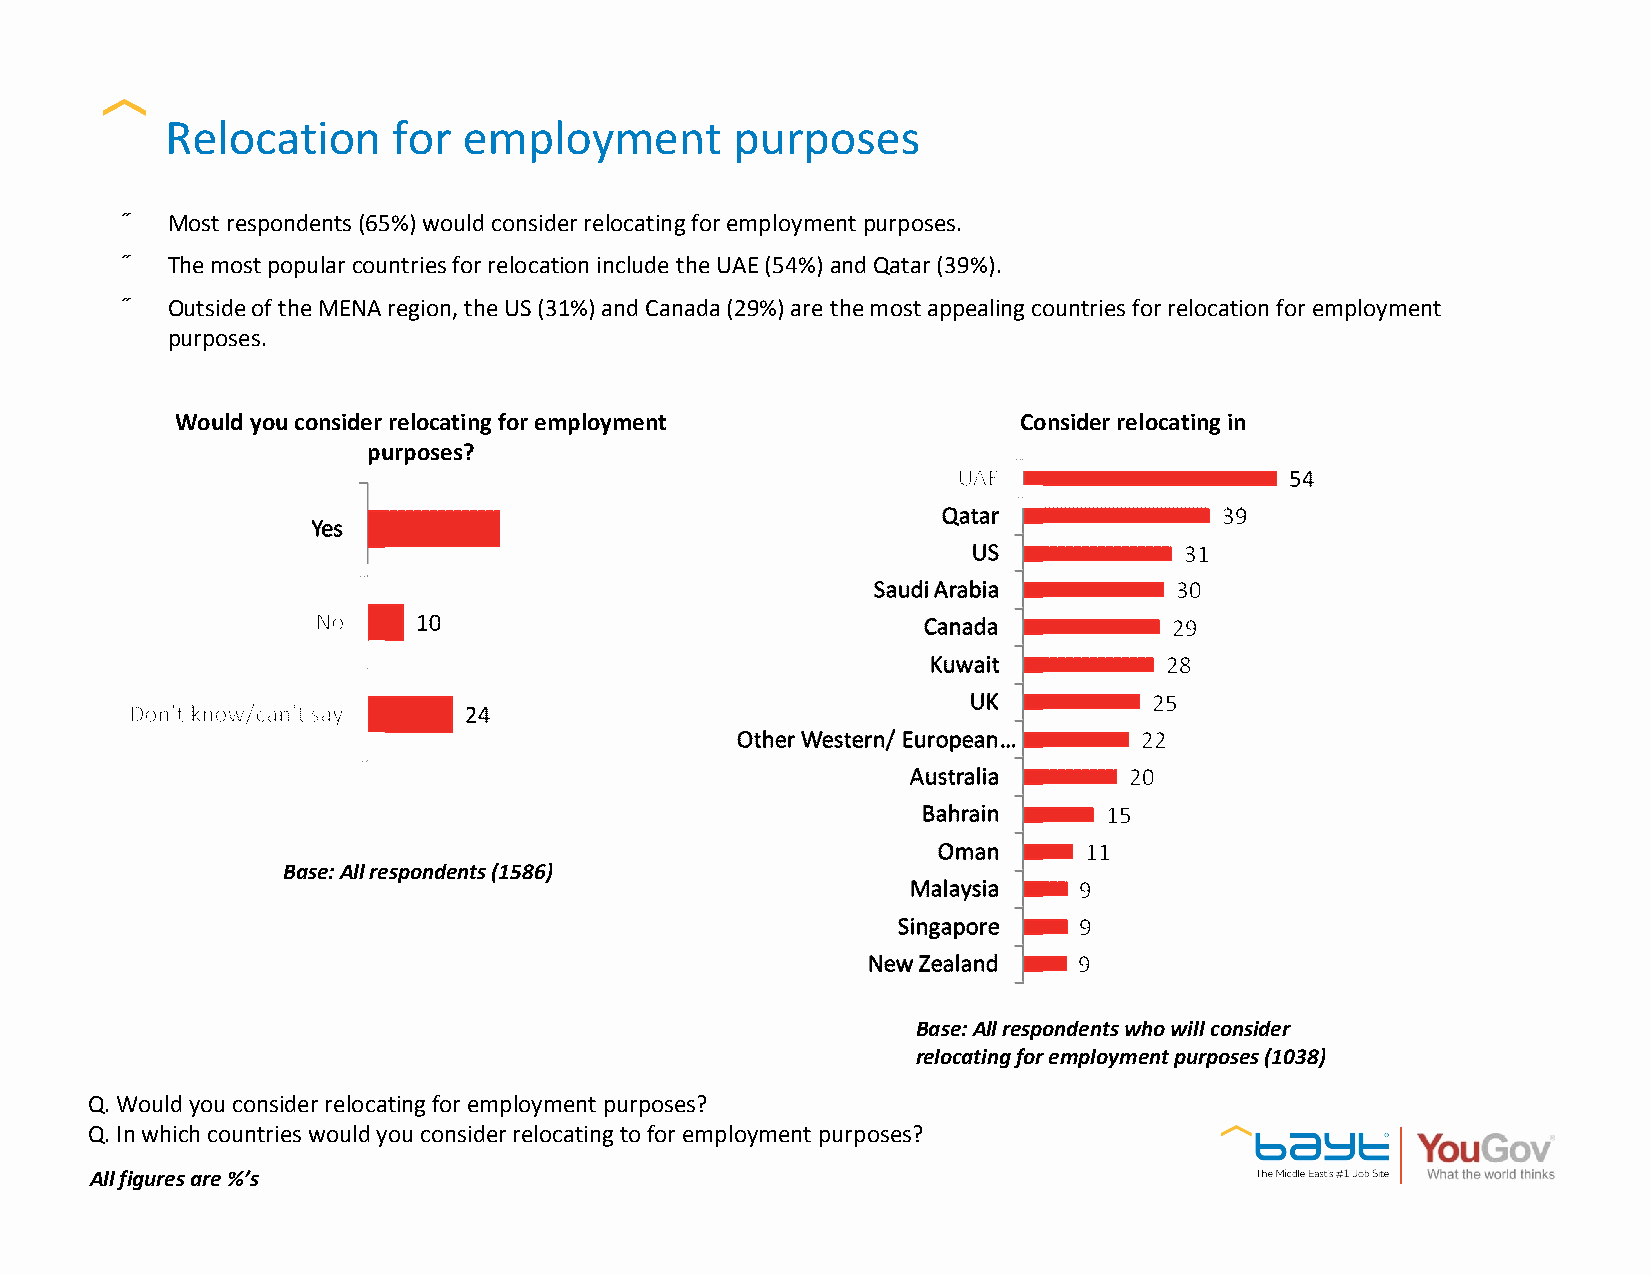
Relocation     for  employment        purposes
 •  Most respondents (65%) would consider relocating for employment purposes.
 •  The most popular countries for relocation include the UAE (54%) and Qatar (39%).
 •  Outside of the MENA region, the US (31%) and Canada (29%) are the most appealing countries for relocation for employment
 purposes.
 Would you consider relocating for employment           Consider relocating in
 purposes?
 Base: All respondents (1586)
 Base: All respondents who will consider
 relocating for employment purposes (1038)
 Q. Would you consider relocating for employment purposes?
 Q. In which countries would you consider relocating to for employment purposes?
 All figures are %’s